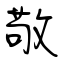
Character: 敬